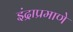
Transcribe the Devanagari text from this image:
इंद्राप्रमाणे